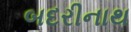
બદરીનાથ